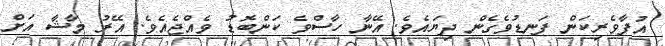
އުފާވެރިކަން ފަނޑުވެގެން ދިޔައެވެ. އޭނާ ހާސްވެ ކަންބޮޑު ވެއްޖެއެވެ. އޭރު މާޝާ އަށް